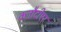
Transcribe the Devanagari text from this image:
क्लौटीएर